Causation and prevention of malarial fevers: a statement of the results of researches drawn up for the use of assistant surgeons, hospital assistants and students
Disease focus: Malaria
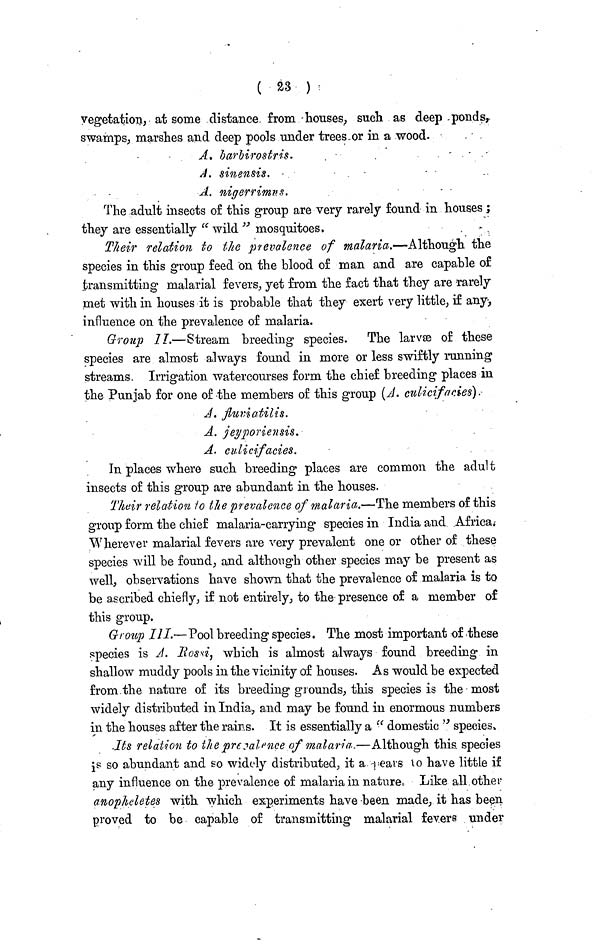
( 23 )
vegetation, at some distance from houses, such as deep ponds,
swamps, marshes and deep pools under trees or in a wood.
A. barbirostris.
A.
sinensis.
A. nigerrimus.
The adult insects of this group are very rarely found in houses ;
they are essentially " wild " mosquitoes.
Their relation to the prevalence of malaria.—Although the
species in this group feed on the blood of man and are capable of
transmitting malarial fevers, yet from the fact that they are rarely
met with in houses it is probable that they exert very little, if any,
influence on the prevalence of malaria.
Group II.—Stream breeding species. The larvæ of these
species are almost always found in more or less swiftly running
streams. Irrigation watercourses form the chief breeding places in
the Punjab for one of the members of this group (A. culicifacies).
A. fluviatilis.
A. jeyporiensis.
A. culicifacies.
In places where such breeding places are common the adult
insects of this group are abundant in the houses.
Their relation to the prevalence of malaria.—The members of this
group form the chief malaria-carrying species in India and Africa.
Wherever malarial fevers are very prevalent one or other of these
species will be found, and although other species may be present as
well, observations have shown that the prevalence of malaria is to
be ascribed chiefly, if not entirely, to the presence of a member of
this group.
Group III.—Pool breeding species. The most important of these
species is A. Rossi, which is almost always found breeding in
shallow muddy pools in the vicinity of houses. As would be expected
from the nature of its breeding grounds, this species is the most
widely distributed in India, and may be found in enormous numbers
in the houses after the rains. It is essentially a " domestic " species.
Its relation to the prevalence of malaria.—Although this species
is so abundant and so widely distributed, it a pears to have little if
any influence on the prevalence of malaria in nature. Like all other
anopheletes with which experiments have -been made, it has been
proved to be capable of transmitting malarial fevers under